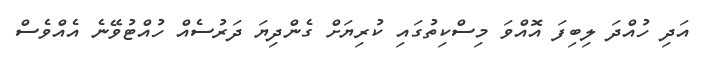
އަދި ހުއްދަ ލިބިފަ އޮއްވަ މިސްކިތުގައި ކުރިޔަށް ގެންދިޔަ ދަރުސެއް ހުއްޓުވޭނެ އެއްވެސް